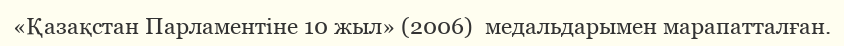
«Қазақстан Парламентіне 10 жыл» (2006)  медальдарымен марапатталған.